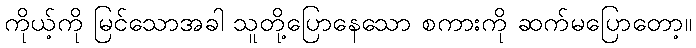
ကိုယ့်ကို မြင်သောအခါ သူတို့ပြောနေသော စကားကို ဆက်မပြောတော့။